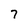
Character: 7